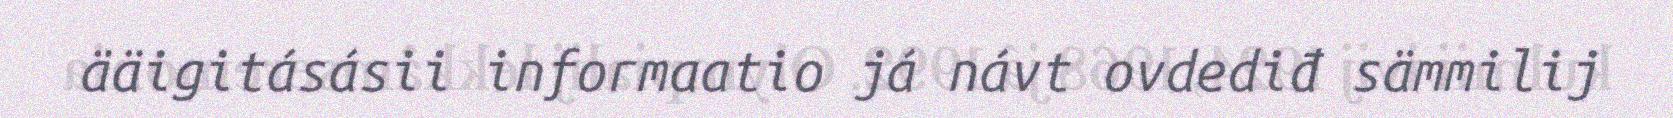
ääigitásásii informaatio já návt ovdediđ sämmilij